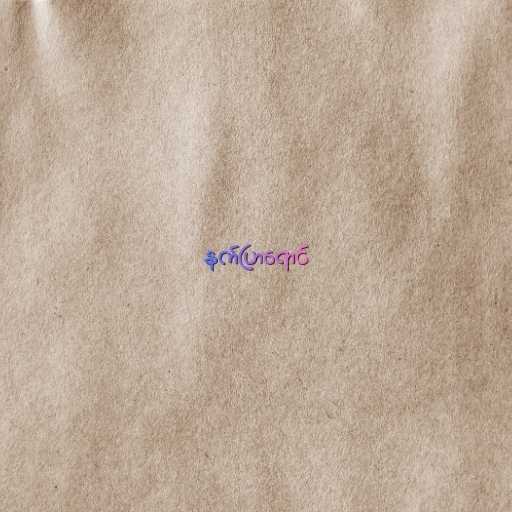
နက်ပြာရောင်